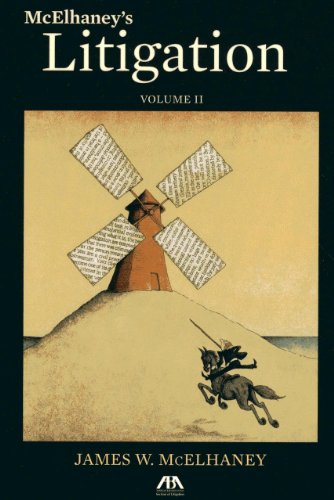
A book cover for McElhaney's Litigation (Volume II); James W. McElhaney; Law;